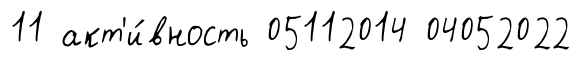
11 акт'и́вность 05112014 04052022